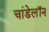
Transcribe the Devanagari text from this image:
चांडेलॉन